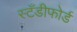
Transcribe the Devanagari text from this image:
स्टँडीफोर्ड